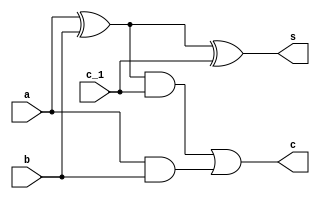
module Full_Adder(a,b,c_1,s,c);
  input a,b,c_1;
  output s,c;

  wire s,c;

  assign s = a^b^c_1;
  assign c = ((a^b)&c_1)|(a&b);

endmodule